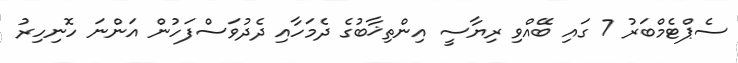
ސެޕްޓެމްބަރު 7 ގައި ބޭއްވި ރިޔާސީ އިންތިޚާބުގެ ދެމަހާއި ދެދުވަސްފަހުން އަންނަ ހޮނިހިރު